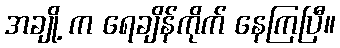
အချို့ က ရေချိန်ကိုက် နေကြပြီ။